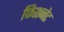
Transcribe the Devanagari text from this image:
फिशनेट